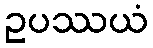
ဥပဿယံ